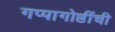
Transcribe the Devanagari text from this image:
गप्पागोष्टींची